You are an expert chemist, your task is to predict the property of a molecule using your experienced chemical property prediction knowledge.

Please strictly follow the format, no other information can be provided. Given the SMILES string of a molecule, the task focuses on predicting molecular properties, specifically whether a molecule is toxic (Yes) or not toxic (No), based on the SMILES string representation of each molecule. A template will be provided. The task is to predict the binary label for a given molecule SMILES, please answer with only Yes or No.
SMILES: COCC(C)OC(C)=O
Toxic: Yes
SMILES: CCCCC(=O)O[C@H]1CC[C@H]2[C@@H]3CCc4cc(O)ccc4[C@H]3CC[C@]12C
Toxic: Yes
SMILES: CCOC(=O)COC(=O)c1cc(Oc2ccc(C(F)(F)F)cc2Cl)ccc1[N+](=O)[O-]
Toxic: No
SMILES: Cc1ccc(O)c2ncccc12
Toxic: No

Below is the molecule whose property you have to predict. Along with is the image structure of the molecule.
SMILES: NC(=O)OCCCc1ccccc1
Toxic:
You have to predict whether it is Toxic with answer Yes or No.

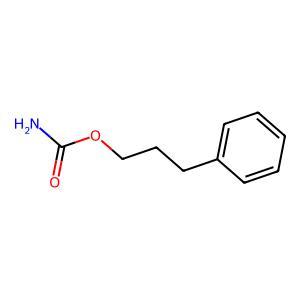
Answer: No